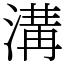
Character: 溝